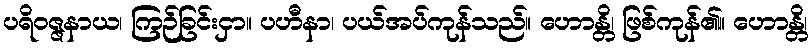
ပရိဝဇ္ဇနာယ၊ ကြဉ်ခြင်းငှာ။ ပဟီနာ၊ ပယ်အပ်ကုန်သည်။ ဟောန္တိ၊ ဖြစ်ကုန်၏။ ဟောန္တိ၊